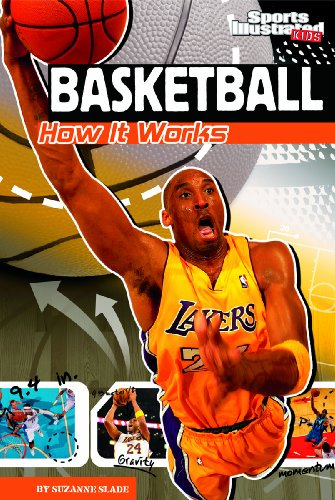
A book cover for Basketball: How It Works (The Science of Sports (Sports Illustrated for Kids)); Suzanne Slade; Children's Books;